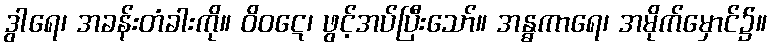
ဒွါရေ၊ အခန်းတံခါးကို။ ဝိဝဋေ၊ ဖွင့်အပ်ပြီးသော်။ အန္ဓကာရေ၊ အမိုက်မှောင်၌။